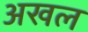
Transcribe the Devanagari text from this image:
अखल